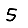
Digit: 5